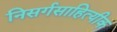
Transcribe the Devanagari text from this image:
निसर्गसाहित्यीक